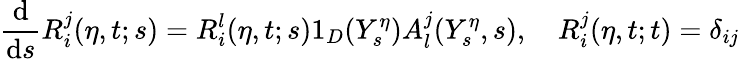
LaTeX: \frac{\mathrm{d}}{\mathrm{d}s}R_{i}^{j}(\eta,t;s)=R_{i}^{l}(\eta,t;s)1_{D}(Y_{s}^{\eta})A_{l}^{j}(Y_{s}^{\eta},s),\quad R_{i}^{j}(\eta,t;t)=\delta_{ij}